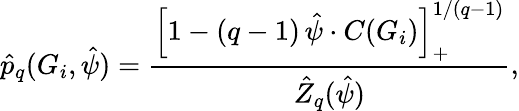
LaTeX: \hat{p}_{q}(G_{i},\hat{\psi})=\frac{\left[1-(q-1)\, \hat{\psi}\cdot C(G_{i})\right]_{+}^{1/(q-1)}}{\hat{Z}_{q}(\hat{\psi})},